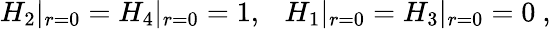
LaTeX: H_{2}|_{r=0}=H_{4}|_{r=0}=1,\ \ \ H_{1}|_{r=0}=H_{3}|_{r=0}=0\ ,